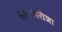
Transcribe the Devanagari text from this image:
तमिलरोजा